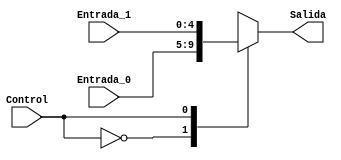
`timescale 1ns / 1ps
//////////////////////////////////////////////////////////////////////////////////
// Company: 
// Engineer: 
// 
// Design Name: 
// Module Name: Mux_2a1_5bits
// Project Name: 
// Target Devices: 
// Tool Versions: 
// Description: 
// 
// Dependencies: 
// 
// Revision:
// Revision 0.01 - File Created
// Additional Comments:
// 
//////////////////////////////////////////////////////////////////////////////////
// DOCUMENTACION
// Se utiliza para escoger el conjunto de bits se que concatenaran por el ConcatenadorImm y luego seran extendidos a 32 bits, esto debido a que
// algunas instrucciones quieren realizar un concatenado y extension de signo pero los bits de interes no se encuentran en la misma posicion
// un ejemplo de esto se puede ver en las instrucciones de tipo I y S, el Mux nos permite seleccionar segun la instruccion que se este ejecutando a
// traves de su Control
//////////////////////////////////////////////////////////////////////////////////

module Mux_2a1_5bits(           //  Tiene como fin el poder elegir entre cualquiera de dos entradas de 5 bits a su salida
    input  Control,             //  Controla cual entrada se muestra a la salida
    input [4:0] Entrada_0,      //  Entrada 0 de 5 bits
    input [4:0] Entrada_1,      //  Entrada 1 de 5 bits
    output reg [4:0] Salida     //  Salida de 5 bits
    );
    
    always @(*)                           //    Siempre que se de un cambio en sus entradas o en el control se actualiza
		case(Control)                     //    Se revisa el valor del control
			1'b0: Salida <= Entrada_0;    //    Si el control esta en 0, se muestra a la salida la entrada 0
			1'b1: Salida <= Entrada_1;    //    Si el control esta en 1, se muestra a la salida la entrada 1
		endcase
endmodule